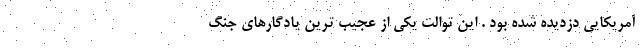
آمریکایی دزدیده شده بود . این توالت یکی از عجیب ترین یادگارهای جنگ